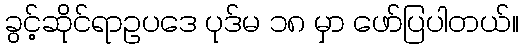
ခွင့်ဆိုင်ရာဥပဒေ ပုဒ်မ ၁၈ မှာ ဖော်ပြပါတယ်။